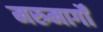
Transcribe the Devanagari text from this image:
मरुमार्गों